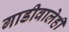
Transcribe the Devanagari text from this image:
गाडीवालेही